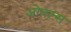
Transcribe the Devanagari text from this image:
ओपल्स